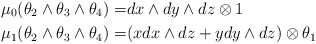
\begin{align*}\mu_0 (\theta_2\wedge \theta_3\wedge \theta_4)=& dx \wedge dy \wedge dz \otimes 1 \\\mu_1(\theta_2\wedge \theta_3\wedge \theta_4)=&(x dx \wedge dz + y dy \wedge dz )\otimes \theta_1\end{align*}